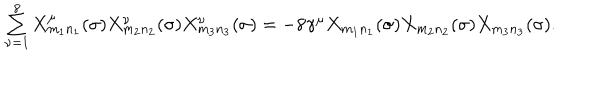
\begin{array} { l c r } { { \sum _ { \nu = 1 } ^ { 8 } X _ { m _ { 1 } n _ { 1 } } ^ { \mu } ( \sigma ) X _ { m _ { 2 } n _ { 2 } } ^ { \nu } ( \sigma ) X _ { m _ { 3 } n _ { 3 } } ^ { \nu } ( \sigma ) = - 8 { \gamma } ^ { \mu } X _ { m _ { 1 } n _ { 1 } } ( \sigma ) X _ { m _ { 2 } n _ { 2 } } ( \sigma ) X _ { m _ { 3 } n _ { 3 } } ( \sigma ) . } } \\ \end{array}